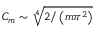
C _ { m } \sim \sqrt [ 4 ] { 2 / \left( m \pi ^ { 2 } \right) }